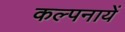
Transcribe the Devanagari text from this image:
कल्पनायें